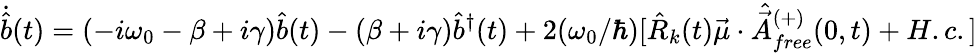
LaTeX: {\dot{\hat{b}}}(t)=(-i\omega_{0}-\beta+i\gamma){\hat{b}}(t)-(\beta+i\gamma){\hat{b}}^{\dagger}(t)+2(\omega_{0}/\hbar)[{\hat{R}}_{k}(t){\vec{\mu}}\cdot{\hat{\vec{A}}}_{free}^{(+)}(0,t)+H.c.]